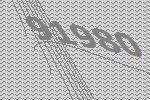
91980